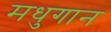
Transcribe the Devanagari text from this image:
मधुगान